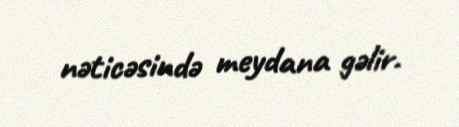
nəticəsində meydana gəlir.